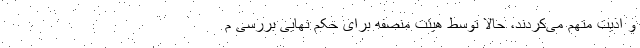
و اذیت متهم می‌کردند، حالا توسط هیئت منصفه برای حکم نهایی بررسی م